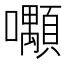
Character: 𡅑